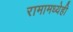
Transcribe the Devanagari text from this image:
रामामध्येही